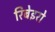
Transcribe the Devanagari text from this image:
रिबेइरो